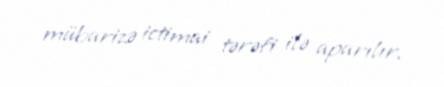
mübarizə ictimai tərəfi ilə aparılır.